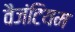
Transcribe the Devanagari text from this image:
वैजंटियम